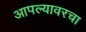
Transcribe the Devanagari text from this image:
आपल्यावरचा